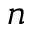
n